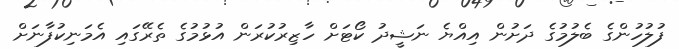
ފުލުހުންގެ ބެލުމުގެ ދަށުން އިއްޔެ ނަޝީދު ކޯޓަށް ހާޒިރުކުރަން އުޅުމުގެ ތެރޭގައި އެމަނިކުފާނަށް